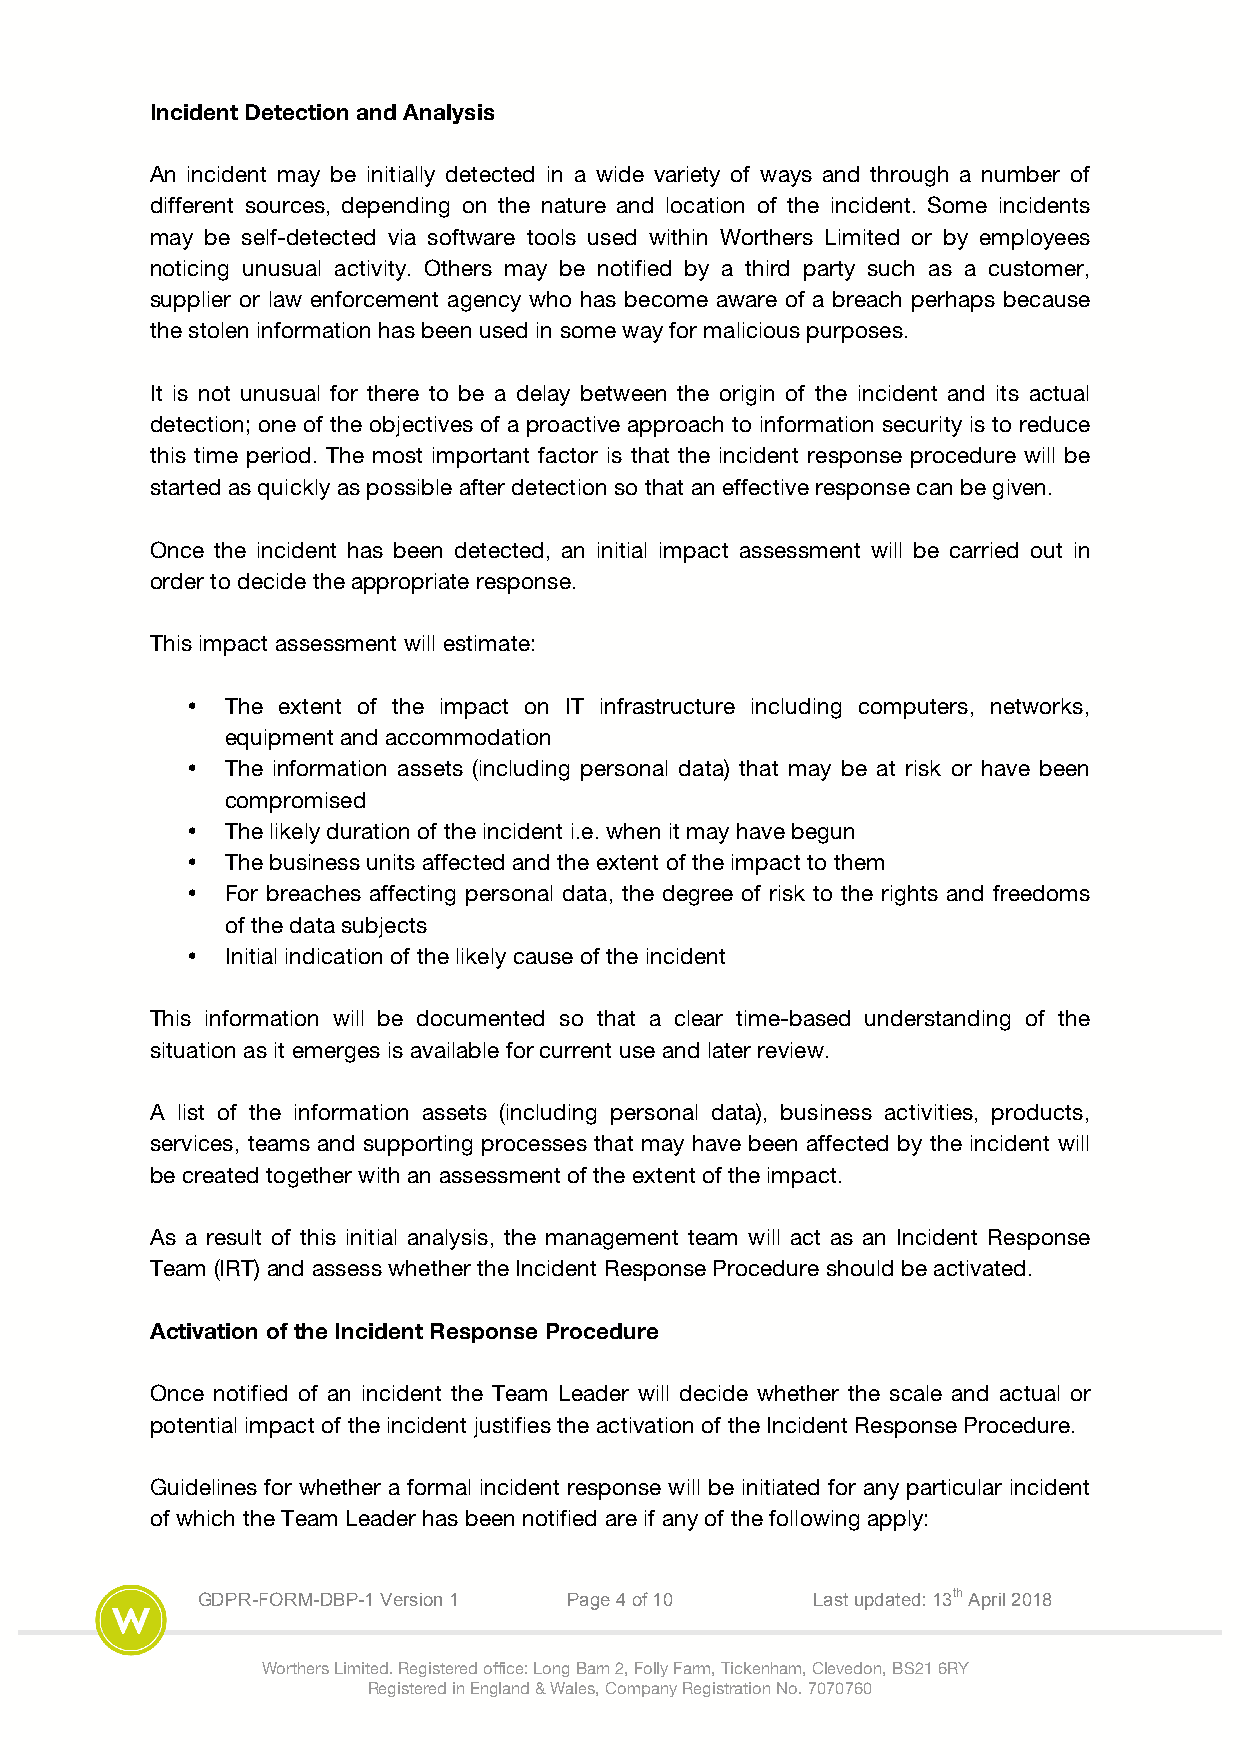
Incident Detection and Analysis
 An incident may be initially detected in a wide variety of ways and through a number of
 different sources, depending on the nature and location of the incident. Some incidents
 may be self-detected via software tools used within Worthers Limited or by employees
 noticing unusual activity. Others may be notified by a third party such as a customer,
 supplier or law enforcement agency who has become aware of a breach perhaps because
 the stolen information has been used in some way for malicious purposes.
 It is not unusual for there to be a delay between the origin of the incident and its actual
 detection; one of the objectives of a proactive approach to information security is to reduce
 this time period. The most important factor is that the incident response procedure will be
 started as quickly as possible after detection so that an effective response can be given.
 Once the incident has been detected, an initial impact assessment will be carried out in
 order to decide the appropriate response.
 This impact assessment will estimate:
 •  The extent of the impact on IT infrastructure including computers, networks,
 equipment and accommodation
 •  The information assets (including personal data) that may be at risk or have been
 compromised
 •  The likely duration of the incident i.e. when it may have begun
 •  The business units affected and the extent of the impact to them
 •  For breaches affecting personal data, the degree of risk to the rights and freedoms
 of the data subjects
 •  Initial indication of the likely cause of the incident
 This information will be documented so that a clear time-based understanding of the
 situation as it emerges is available for current use and later review.
 A list of the information assets (including personal data), business activities, products,
 services, teams and supporting processes that may have been affected by the incident will
 be created together with an assessment of the extent of the impact.
 As a result of this initial analysis, the management team will act as an Incident Response
 Team (IRT) and assess whether the Incident Response Procedure should be activated.
 Activation of the Incident Response Procedure
 Once notified of an incident the Team Leader will decide whether the scale and actual or
 potential impact of the incident justifies the activation of the Incident Response Procedure.
 Guidelines for whether a formal incident response will be initiated for any particular incident
 of which the Team Leader has been notified are if any of the following apply:
 GDPR-FORM-DBP-1 Version 1 Page 4 of 10   Last updated: 13th April 2018
 Worthers Limited. Registered office: Long Barn 2, Folly Farm, Tickenham, Clevedon, BS21 6RY
 Registered in England & Wales, Company Registration No. 7070760